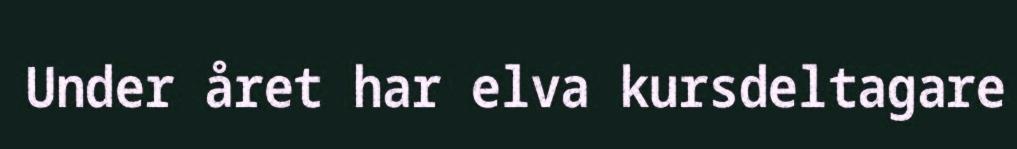
Under året har elva kursdeltagare